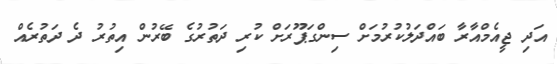
އަދި ޖީއެމްއާރާ ބައްދަލުކުރުމަށް ސިންގަޕޫރަށް ކުރި ދަތުރުގެ ބޭރުން އިތުރު ދެ ދަތުރެއް